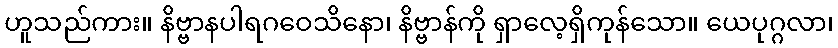
ဟူသည်ကား။ နိဗ္ဗာနပါရဂဝေသိနော၊ နိဗ္ဗာန်ကို ရှာလေ့ရှိကုန်သော။ ယေပုဂ္ဂလာ၊